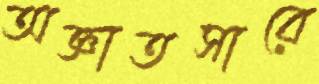
অজ্ঞাতসারে